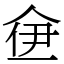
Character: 鿗